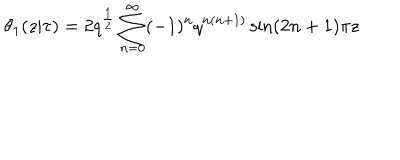
\theta _ { 1 } ( z | \tau ) = 2 q ^ { \frac { 1 } { 2 } } \sum _ { n = 0 } ^ { \infty } ( - 1 ) ^ { n } q ^ { n ( n + 1 ) } \sin ( 2 n + 1 ) \pi z